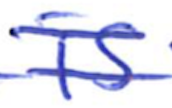
Text: is
Cross-out: double-line
Writing tool: ballpoint